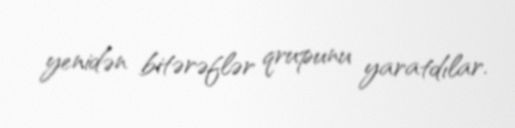
yenidən bitərəflər qrupunu yaratdılar.